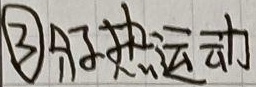
\textcircled{3}分子热运动